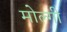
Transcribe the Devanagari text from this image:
मोल्गी